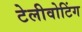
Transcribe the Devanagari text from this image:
टेलीवोटिंग